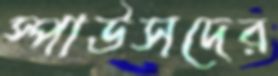
স্পাউসদের